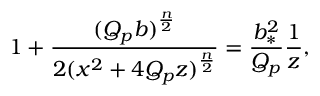
1 + { \frac { ( Q _ { p } b ) ^ { \frac { n } { 2 } } } { 2 ( x ^ { 2 } + 4 Q _ { p } z ) ^ { \frac { n } { 2 } } } } = { \frac { b _ { * } ^ { 2 } } { Q _ { p } } } { \frac { 1 } { z } } ,